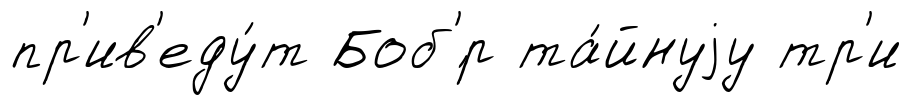
пр'ив'еду́т Боб'́р та́йнуjу тр'и